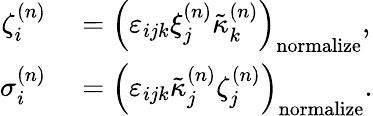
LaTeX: \begin{array}{rl}{\zeta_{i}^{(n)}}&{{}=\left(\varepsilon_{ijk}\xi_{j}^{(n)}\tilde{\kappa}_{k}^{(n)}\right)_{\mathrm{normalize}},}\\ {\sigma_{i}^{(n)}}&{{}=\left(\varepsilon_{ijk}\tilde{\kappa}_{j}^{(n)}\zeta_{j}^{(n)}\right)_{\mathrm{normalize}}.}\end{array}